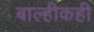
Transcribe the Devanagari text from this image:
बाल्हीकही